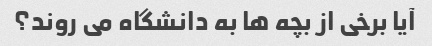
آیا برخی از بچه ها به دانشگاه می روند؟